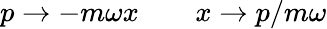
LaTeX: p\rightarrow-m\omega x\qquad x\rightarrow p/m\omega